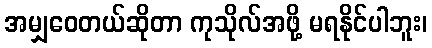
အမျှဝေတယ်ဆိုတာ ကုသိုလ်အဖို့ မရနိုင်ပါဘူး၊